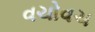
વચોવચ